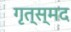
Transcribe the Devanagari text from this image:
गृत्स्मद